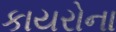
કાયરોના